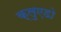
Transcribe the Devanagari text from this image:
क्लुएडो